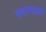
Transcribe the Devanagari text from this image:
सदस्यान्नी